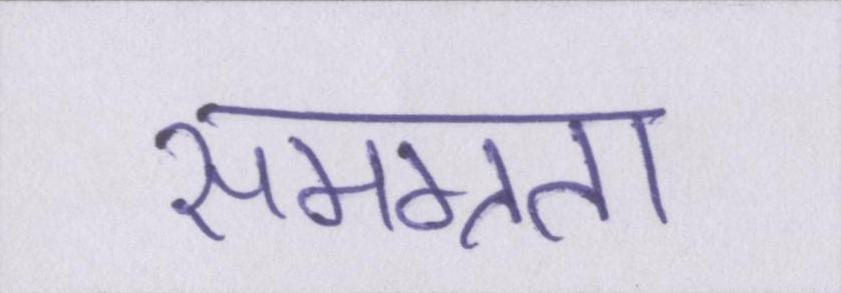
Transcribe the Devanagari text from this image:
समग्रता